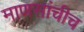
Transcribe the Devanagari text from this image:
माणसांचीच